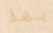
بهذا